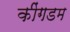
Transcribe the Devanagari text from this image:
कींगडम